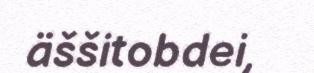
äššitobdei,